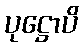
ပုဋ္ဌောပိ